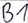
Text: B1